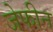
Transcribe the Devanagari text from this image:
जेफीन